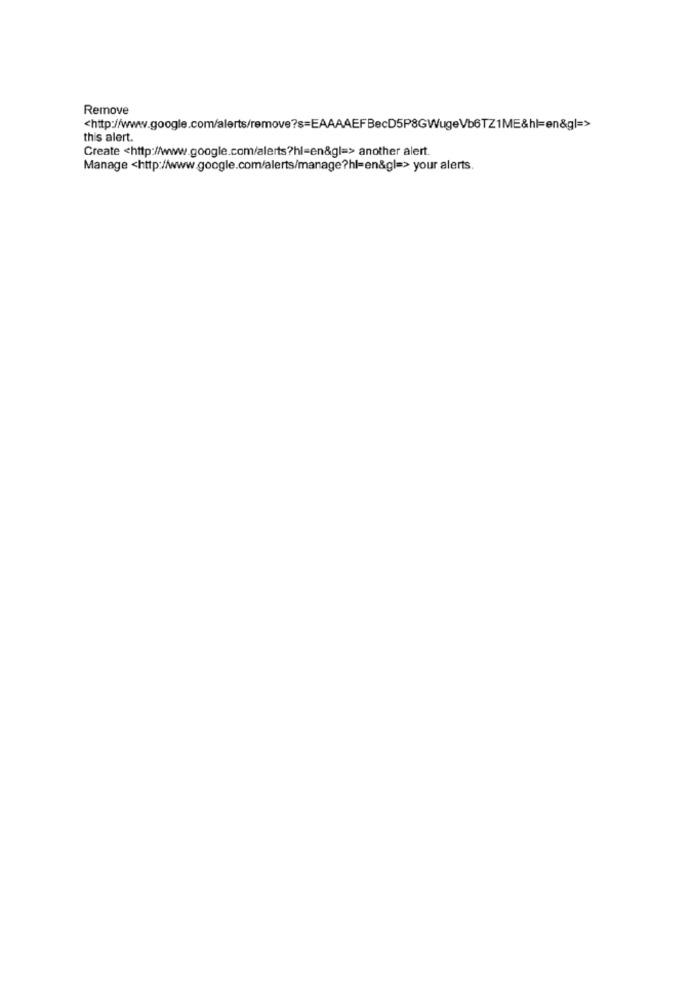
Remove
<http://www.google.com/alerts/remove?s=EAAAAEFBecD5P8GWugeVb6TZ1ME&hl=en&g|=>
this alert.
Create <http://www.google.com/alerts?hl=en&gl=> another alert.
Manage <http://www.google.com/alerts/manage?hl=en&gl=> your alerts.